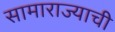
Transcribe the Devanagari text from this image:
सामाराज्याची